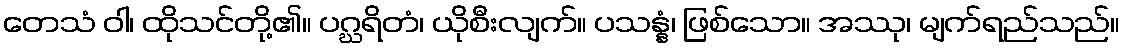
တေသံ ဝါ၊ ထိုသင်တို့၏။ ပဂ္ဃရိတံ၊ ယိုစီးလျက်။ ပသန္နံ၊ ဖြစ်သော။ အဿု၊ မျက်ရည်သည်။